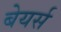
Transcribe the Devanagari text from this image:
बेयर्स